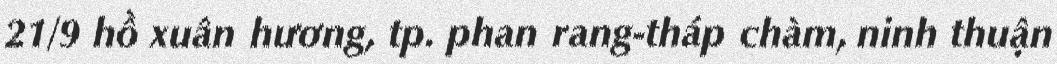
21/9 hồ xuân hương, tp. phan rang-tháp chàm, ninh thuận